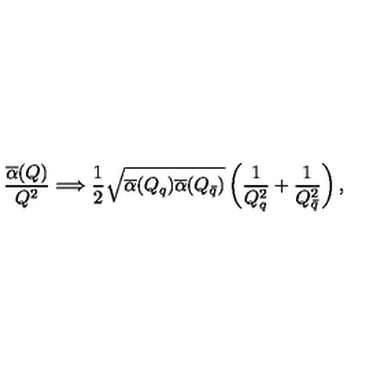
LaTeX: { \frac { \overline { \alpha } ( Q ) } { Q ^ { 2 } } } \Longrightarrow { \frac { 1 } { 2 } } \sqrt { \overline { \alpha } ( Q _ { q } ) \overline { \alpha } ( Q _ { \bar { q } } ) } \left( { \frac { 1 } { Q _ { q } ^ { 2 } } } + { \frac { 1 } { Q _ { \bar { q } } ^ { 2 } } } \right) ,